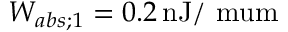
W _ { a b s ; 1 } = 0 . 2 \, \mathrm { n J / \ m u m }